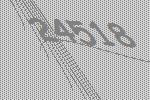
24518